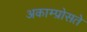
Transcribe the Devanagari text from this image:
अकाम्प्रोसते